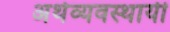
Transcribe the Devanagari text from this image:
अर्थव्यवस्थायी